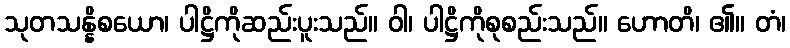
သုတသန္နိစယော၊ ပါဋ္ဌိကိုဆည်းပူးသည်။ ဝါ၊ ပါဋ္ဌိကိုစုစည်းသည်။ ဟောတိ၊ ၏။ တံ၊